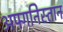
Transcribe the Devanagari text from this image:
अफ्गनिस्तान